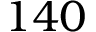
1 4 0